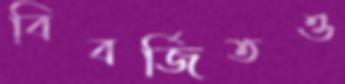
বিবর্জিতও